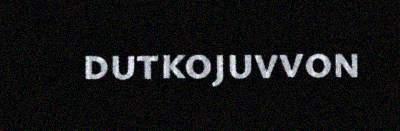
dutkojuvvon